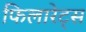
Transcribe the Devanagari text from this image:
फिलारेट्स